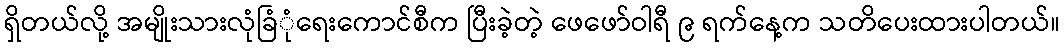
ရှိတယ်လို့ အမျိုးသားလုံခြံုံရေးကောင်စီက ပြီးခဲ့တဲ့ ဖေဖော်ဝါရီ ၉ ရက်နေ့က သတိပေးထားပါတယ်။